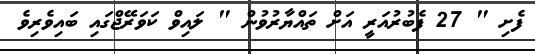
ފެށި " 27 ފެބުރުއަރީ އަށް ތައްޔާރުވުން " ލައިވް ކަވަރޭޖްގައި ބައިވެރިވެ